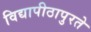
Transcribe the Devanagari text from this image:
विद्यापीठापुरते